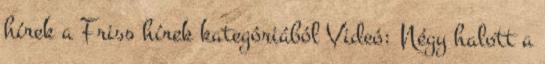
hírek a Friss hírek kategóriából Videó: Négy halott a